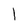
Character: 1